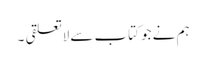
ہم نے جو کتاب سے لاتعلقی ۔